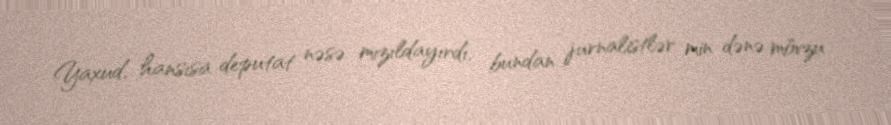
Yaxud, hansısa deputat nəsə mızıldayırdı, bundan jurnalistlər min dənə mövzu